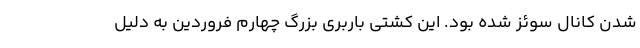
شدن کانال سوئز شده بود. این کشتی باربری بزرگ چهارم فروردین به دلیل